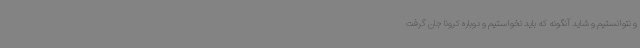
و نتوانستیم و شاید آنگونه که باید نخواستیم و دوباره کرونا جان گرفت